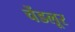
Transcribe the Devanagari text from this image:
चेंडलूर